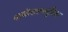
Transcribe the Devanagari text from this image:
थायोसल्फ्युरिक